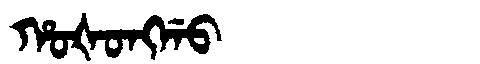
Manchu: ᡥᠣᡧᠣᠩᡤᠣ
Romanization: HOŠONGGO